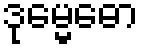
ဒုမ္မေဓော